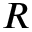
R